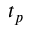
t _ { p }